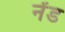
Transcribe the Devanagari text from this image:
नेंड